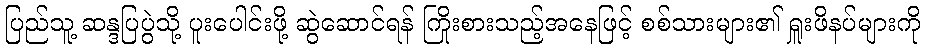
ပြည်သူ့ ဆန္ဒပြပွဲသို့ ပူးပေါင်းဖို့ ဆွဲဆောင်ရန် ကြိုးစားသည့်အနေဖြင့် စစ်သားများ၏ ရှူးဖိနပ်များကို